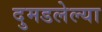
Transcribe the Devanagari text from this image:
दुमडलेल्या